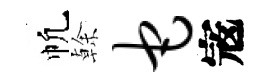
帆𠏉它𡨥